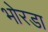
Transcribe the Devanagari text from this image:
भोरडा